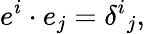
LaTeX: e^{i}\cdot e_{j}=\delta^{i}{}_{j},